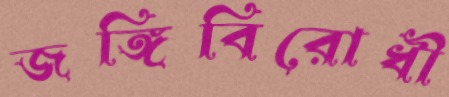
জঙ্গিবিরোধী